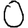
Digit: 0